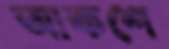
আকশে